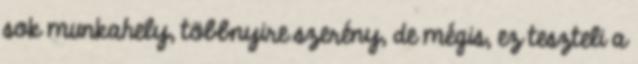
sok munkahely, többnyire szerény, de mégis, ez teszteli a